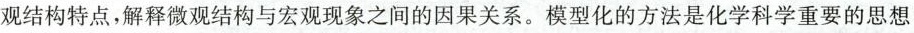
观结构与宏观现象之间的因果关系。模型化的方法是化学科学重要的思想